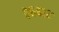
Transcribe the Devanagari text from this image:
०६४२२